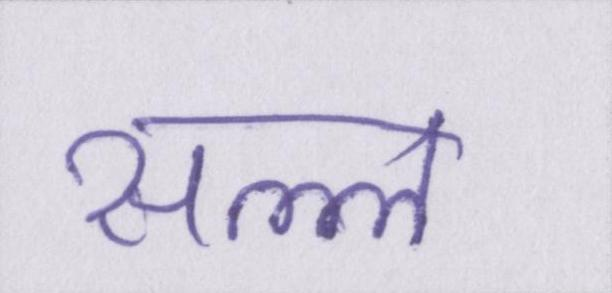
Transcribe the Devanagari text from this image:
सल्ल